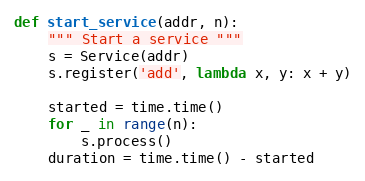
Language: Python
def start_service(addr, n):
    """ Start a service """
    s = Service(addr)
    s.register('add', lambda x, y: x + y)

    started = time.time()
    for _ in range(n):
        s.process()
    duration = time.time() - started